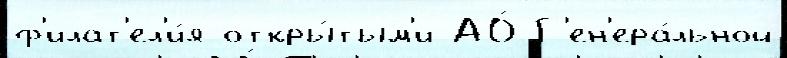
ф'илат'ел'и́я откры́тым'и АО́ Г'ен'ера́льной